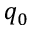
q _ { 0 }